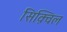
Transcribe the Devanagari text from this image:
सिक़्विल